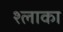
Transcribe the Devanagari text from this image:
श्लाका